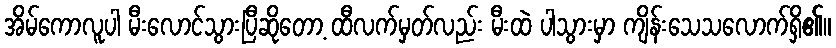
အိမ်ကောလူပါ မီးလောင်သွားပြီဆိုတော့ ထီလက်မှတ်လည်း မီးထဲ ပါသွားမှာ ကျိန်းသေသလောက်ရှိ၏။